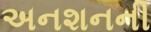
અનશનની